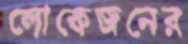
লোকেজনের